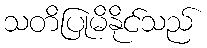
သတိပြုမိနိုင်သည်